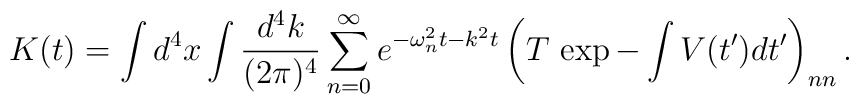
K(t)=\int d^{4}x \int {d^{4}k\over(2\pi)^{4}}	  \sum_{n=0}^\infty e^{-\omega_{n}^{2}t-k^{2}t}	  \left(T\,\exp -\int V(t')dt'\right)_{nn}.